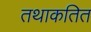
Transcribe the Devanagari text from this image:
तथाकतित